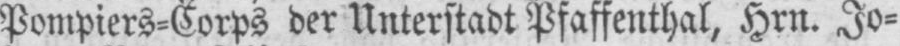
Pompiers⸗Corps der Unterstadt Pfaffenthal, Hrn. Jo⸗